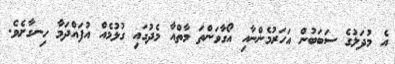
އެ މުދަލުގެ ސަބަބުން އަހަރުމެންނާއި އޯގާވަންތަ މާތްއާ މެދުގައި ގުޅުމެއް އުފައްދަމާ ހިނގާށެވެ.